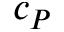
c _ { P }